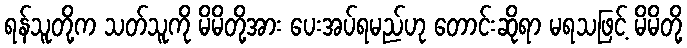
ရန်သူတို့က သတ်သူကို မိမိတို့အား ပေးအပ်ရမည်ဟု တောင်းဆိုရာ မရသဖြင့် မိမိတို့